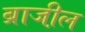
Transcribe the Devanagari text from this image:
ब्राजी़ल